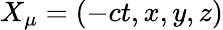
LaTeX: X_{\mu}=(-ct,x,y,z)